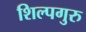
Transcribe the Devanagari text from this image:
शिल्पगुरु